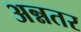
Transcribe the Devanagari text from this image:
अन्नतर